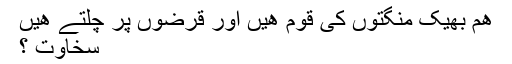
هم بھیک منگتوں کی قوم هیں اور قرضوں پر چلتے هیں
سخاوت ؟